38_143685_box_Incident_Summaries_173-233
Agency: Department of War
Page 74
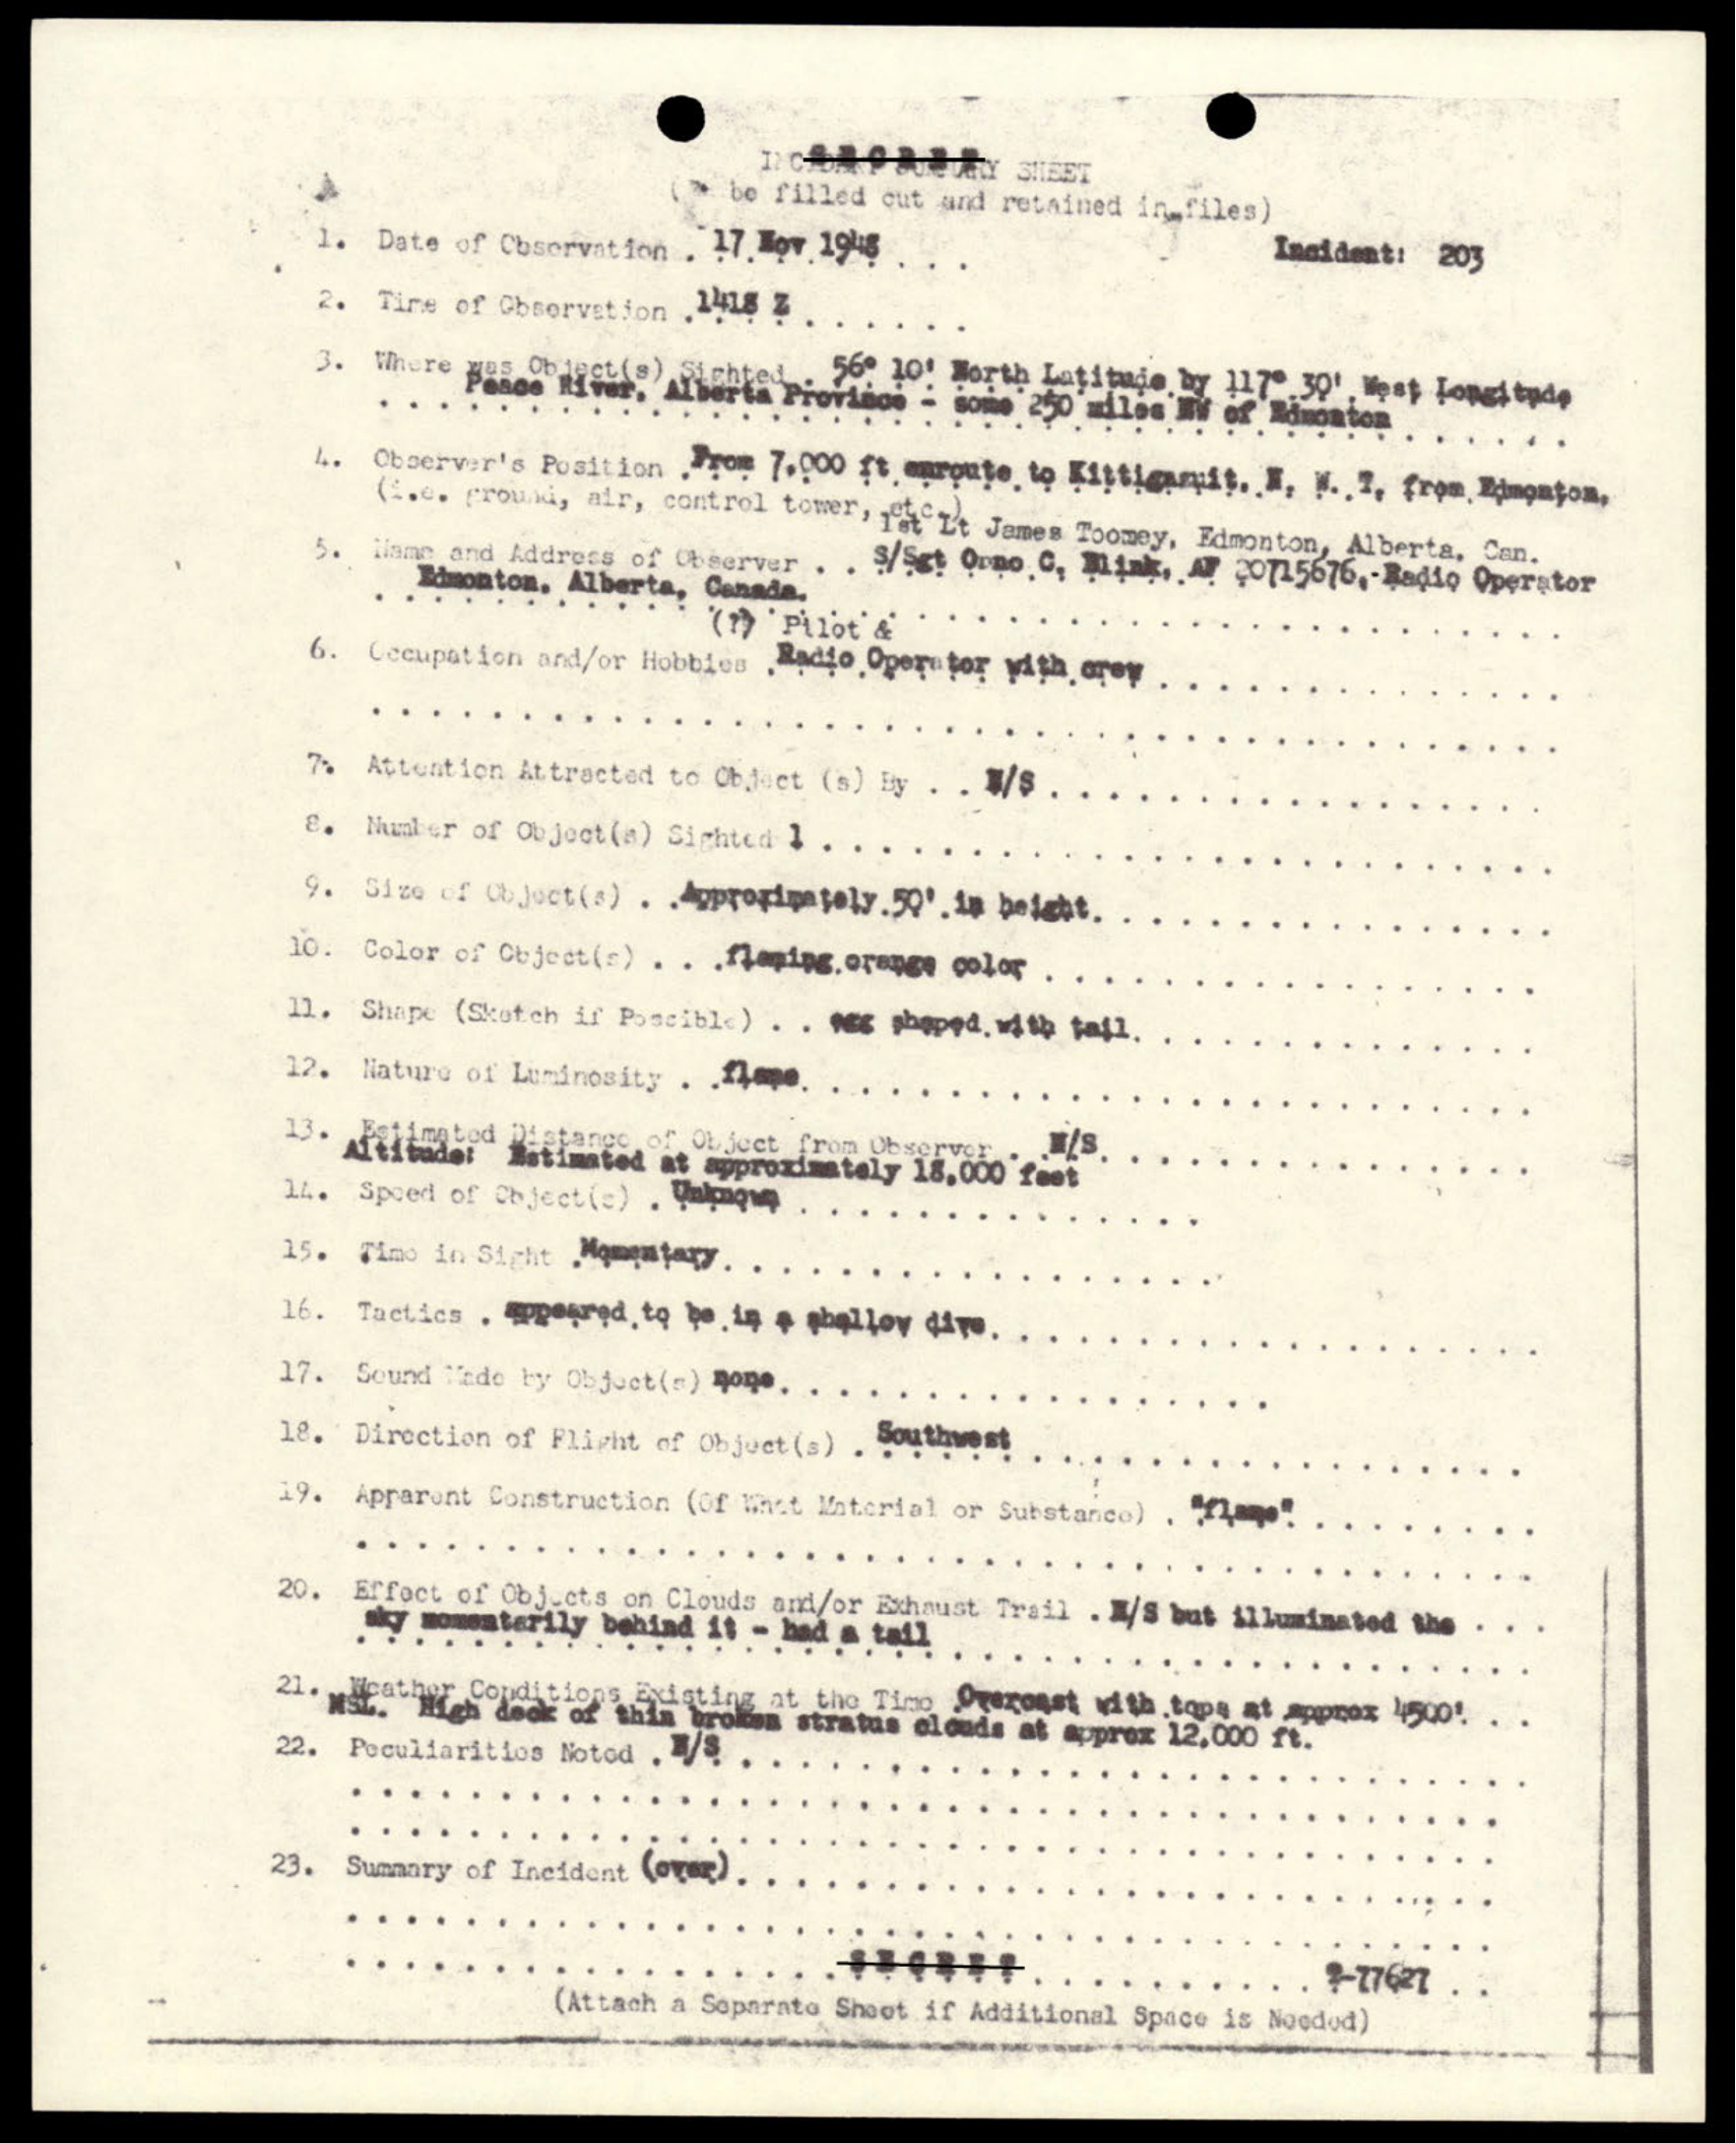